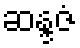
ဆန္ဒဇံ